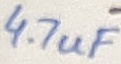
Text: 4.7uF